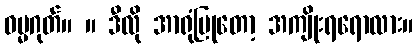
ဓမ္မဂုတ်။ ။ ဒီလို အာရုံပြုတော့ အကျိုးရရောလား။